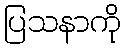
ပြသနာကို